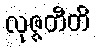
လုဇ္ဇတီတိ